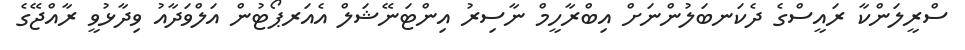
ސްރީލަންކާ ރައީސްގެ ދެކަނބަލުންނަށް އިބްރާހީމް ނާސިރު އިންޓަނޭޝަލް އެއަރޕޯޓުން އަލްވަދާއު ވިދާޅުވީ ރާއްޖޭގެ